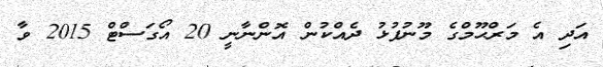
އަދި އެ މަރްޙޫމްގެ މޫނުފުޅު ދެއްކުން އޮންނާނީ 20 އޯގަސްޓް 2015 ވާ